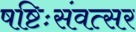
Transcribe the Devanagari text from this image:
षष्टिःसंवत्सर